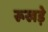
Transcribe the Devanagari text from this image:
रूखड़े